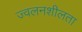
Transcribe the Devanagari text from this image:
ज्‍वलनशीलता